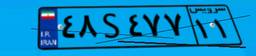
۹۳S۴۴۲۳۹